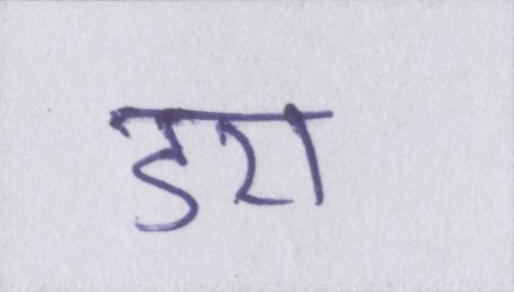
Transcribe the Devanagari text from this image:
डरा